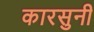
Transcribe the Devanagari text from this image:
कारसुनी